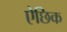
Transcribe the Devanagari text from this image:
ऐछिक